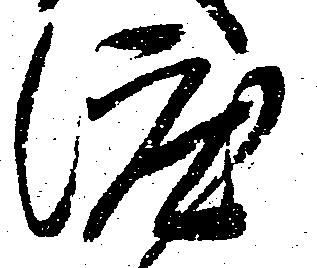
渡